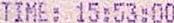
TIME: 15:53:00